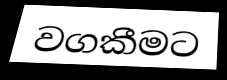
වගකීමට